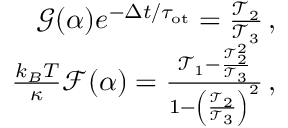
\begin{array} { r } { \mathcal { G } ( \alpha ) e ^ { - \Delta t / \tau _ { \mathrm { { o t } } } } = \frac { \mathcal { T } _ { 2 } } { \mathcal { T } _ { 3 } } \, , } \\ { \quad \quad \frac { k _ { B } T } { \kappa } \mathcal { F } ( \alpha ) = \frac { \mathcal { T } _ { 1 } - \frac { \mathcal { T } _ { 2 } ^ { 2 } } { \mathcal { T } _ { 3 } } } { 1 - \left( \frac { \mathcal { T } _ { 2 } } { \mathcal { T } _ { 3 } } \right) ^ { 2 } } \, , } \end{array}